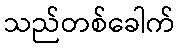
သည်တစ်ခေါက်